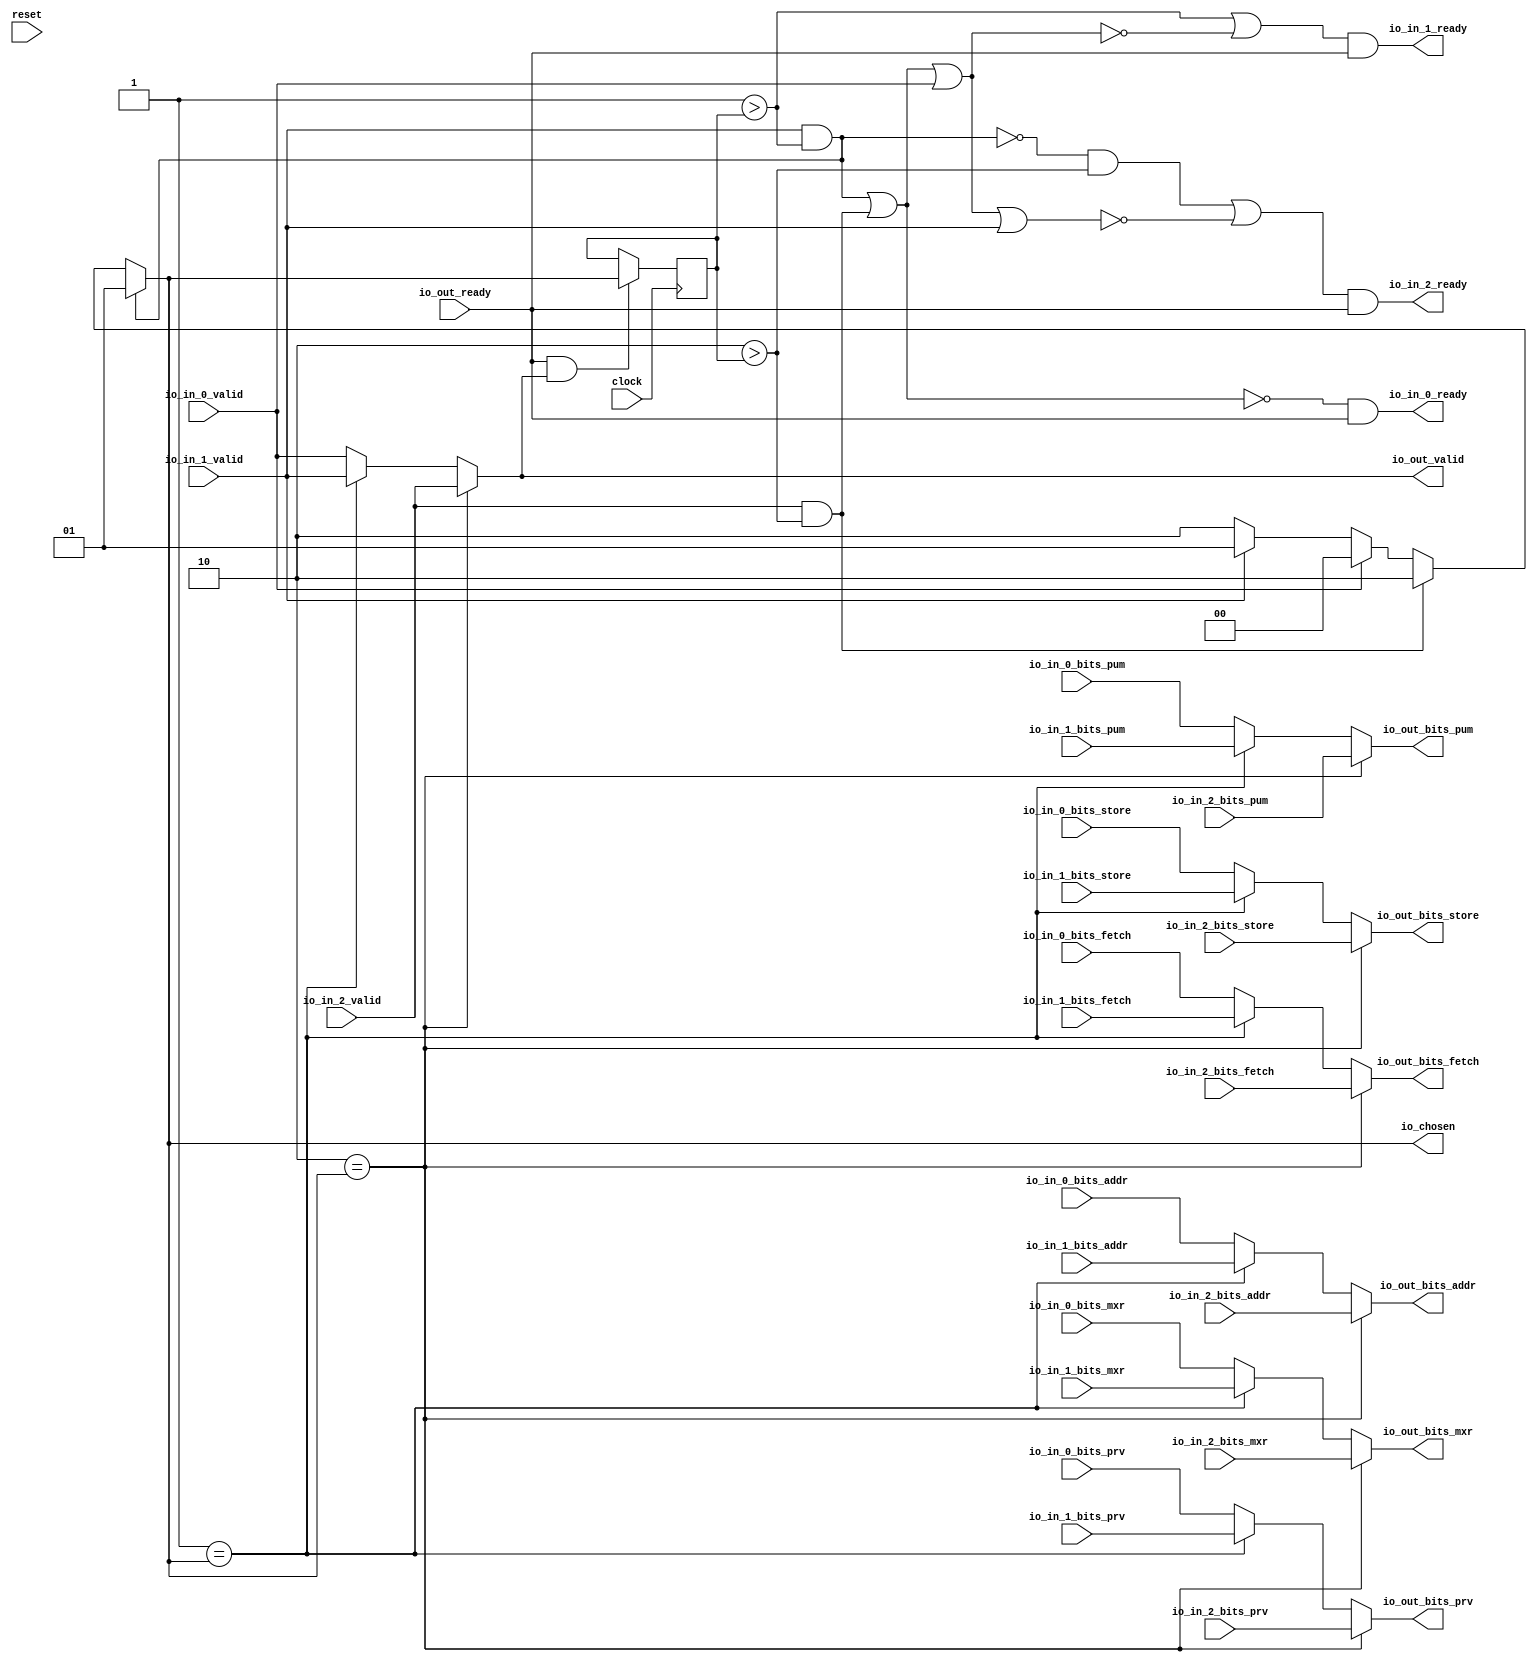
module RRArbiter(
  input   clock,
  input   reset,
  output  io_in_0_ready,
  input   io_in_0_valid,
  input  [1:0] io_in_0_bits_prv,
  input   io_in_0_bits_pum,
  input   io_in_0_bits_mxr,
  input  [26:0] io_in_0_bits_addr,
  input   io_in_0_bits_store,
  input   io_in_0_bits_fetch,
  output  io_in_1_ready,
  input   io_in_1_valid,
  input  [1:0] io_in_1_bits_prv,
  input   io_in_1_bits_pum,
  input   io_in_1_bits_mxr,
  input  [26:0] io_in_1_bits_addr,
  input   io_in_1_bits_store,
  input   io_in_1_bits_fetch,
  output  io_in_2_ready,
  input   io_in_2_valid,
  input  [1:0] io_in_2_bits_prv,
  input   io_in_2_bits_pum,
  input   io_in_2_bits_mxr,
  input  [26:0] io_in_2_bits_addr,
  input   io_in_2_bits_store,
  input   io_in_2_bits_fetch,
  input   io_out_ready,
  output  io_out_valid,
  output [1:0] io_out_bits_prv,
  output  io_out_bits_pum,
  output  io_out_bits_mxr,
  output [26:0] io_out_bits_addr,
  output  io_out_bits_store,
  output  io_out_bits_fetch,
  output [1:0] io_chosen
);
  wire [1:0] choice;
  wire  _GEN_0_ready;
  wire  _GEN_0_valid;
  wire [1:0] _GEN_0_bits_prv;
  wire  _GEN_0_bits_pum;
  wire  _GEN_0_bits_mxr;
  wire [26:0] _GEN_0_bits_addr;
  wire  _GEN_0_bits_store;
  wire  _GEN_0_bits_fetch;
  wire  _GEN_7;
  wire  _GEN_8;
  wire [1:0] _GEN_9;
  wire  _GEN_10;
  wire  _GEN_11;
  wire [26:0] _GEN_12;
  wire  _GEN_13;
  wire  _GEN_14;
  wire  _GEN_15;
  wire  _GEN_16;
  wire [1:0] _GEN_17;
  wire  _GEN_18;
  wire  _GEN_19;
  wire [26:0] _GEN_20;
  wire  _GEN_21;
  wire  _GEN_22;
  wire  _GEN_1_ready;
  wire  _GEN_1_valid;
  wire [1:0] _GEN_1_bits_prv;
  wire  _GEN_1_bits_pum;
  wire  _GEN_1_bits_mxr;
  wire [26:0] _GEN_1_bits_addr;
  wire  _GEN_1_bits_store;
  wire  _GEN_1_bits_fetch;
  wire  _GEN_2_ready;
  wire  _GEN_2_valid;
  wire [1:0] _GEN_2_bits_prv;
  wire  _GEN_2_bits_pum;
  wire  _GEN_2_bits_mxr;
  wire [26:0] _GEN_2_bits_addr;
  wire  _GEN_2_bits_store;
  wire  _GEN_2_bits_fetch;
  wire  _GEN_3_ready;
  wire  _GEN_3_valid;
  wire [1:0] _GEN_3_bits_prv;
  wire  _GEN_3_bits_pum;
  wire  _GEN_3_bits_mxr;
  wire [26:0] _GEN_3_bits_addr;
  wire  _GEN_3_bits_store;
  wire  _GEN_3_bits_fetch;
  wire  _GEN_4_ready;
  wire  _GEN_4_valid;
  wire [1:0] _GEN_4_bits_prv;
  wire  _GEN_4_bits_pum;
  wire  _GEN_4_bits_mxr;
  wire [26:0] _GEN_4_bits_addr;
  wire  _GEN_4_bits_store;
  wire  _GEN_4_bits_fetch;
  wire  _GEN_5_ready;
  wire  _GEN_5_valid;
  wire [1:0] _GEN_5_bits_prv;
  wire  _GEN_5_bits_pum;
  wire  _GEN_5_bits_mxr;
  wire [26:0] _GEN_5_bits_addr;
  wire  _GEN_5_bits_store;
  wire  _GEN_5_bits_fetch;
  wire  _GEN_6_ready;
  wire  _GEN_6_valid;
  wire [1:0] _GEN_6_bits_prv;
  wire  _GEN_6_bits_pum;
  wire  _GEN_6_bits_mxr;
  wire [26:0] _GEN_6_bits_addr;
  wire  _GEN_6_bits_store;
  wire  _GEN_6_bits_fetch;
  wire  _T_228;
  reg [1:0] lastGrant;
  reg [31:0] _GEN_0;
  wire [1:0] _GEN_23;
  wire  grantMask_1;
  wire  grantMask_2;
  wire  validMask_1;
  wire  validMask_2;
  wire  _T_234;
  wire  _T_235;
  wire  _T_236;
  wire  _T_240;
  wire  _T_242;
  wire  _T_244;
  wire  _T_246;
  wire  _T_250;
  wire  _T_251;
  wire  _T_252;
  wire  _T_253;
  wire  _T_254;
  wire  _T_255;
  wire [1:0] _GEN_24;
  wire [1:0] _GEN_25;
  wire [1:0] _GEN_26;
  wire [1:0] _GEN_27;
  assign io_in_0_ready = _T_253;
  assign io_in_1_ready = _T_254;
  assign io_in_2_ready = _T_255;
  assign io_out_valid = _GEN_0_valid;
  assign io_out_bits_prv = _GEN_1_bits_prv;
  assign io_out_bits_pum = _GEN_2_bits_pum;
  assign io_out_bits_mxr = _GEN_3_bits_mxr;
  assign io_out_bits_addr = _GEN_4_bits_addr;
  assign io_out_bits_store = _GEN_5_bits_store;
  assign io_out_bits_fetch = _GEN_6_bits_fetch;
  assign io_chosen = choice;
  assign choice = _GEN_27;
  assign _GEN_0_ready = _GEN_15;
  assign _GEN_0_valid = _GEN_16;
  assign _GEN_0_bits_prv = _GEN_17;
  assign _GEN_0_bits_pum = _GEN_18;
  assign _GEN_0_bits_mxr = _GEN_19;
  assign _GEN_0_bits_addr = _GEN_20;
  assign _GEN_0_bits_store = _GEN_21;
  assign _GEN_0_bits_fetch = _GEN_22;
  assign _GEN_7 = 2'h1 == io_chosen ? io_in_1_ready : io_in_0_ready;
  assign _GEN_8 = 2'h1 == io_chosen ? io_in_1_valid : io_in_0_valid;
  assign _GEN_9 = 2'h1 == io_chosen ? io_in_1_bits_prv : io_in_0_bits_prv;
  assign _GEN_10 = 2'h1 == io_chosen ? io_in_1_bits_pum : io_in_0_bits_pum;
  assign _GEN_11 = 2'h1 == io_chosen ? io_in_1_bits_mxr : io_in_0_bits_mxr;
  assign _GEN_12 = 2'h1 == io_chosen ? io_in_1_bits_addr : io_in_0_bits_addr;
  assign _GEN_13 = 2'h1 == io_chosen ? io_in_1_bits_store : io_in_0_bits_store;
  assign _GEN_14 = 2'h1 == io_chosen ? io_in_1_bits_fetch : io_in_0_bits_fetch;
  assign _GEN_15 = 2'h2 == io_chosen ? io_in_2_ready : _GEN_7;
  assign _GEN_16 = 2'h2 == io_chosen ? io_in_2_valid : _GEN_8;
  assign _GEN_17 = 2'h2 == io_chosen ? io_in_2_bits_prv : _GEN_9;
  assign _GEN_18 = 2'h2 == io_chosen ? io_in_2_bits_pum : _GEN_10;
  assign _GEN_19 = 2'h2 == io_chosen ? io_in_2_bits_mxr : _GEN_11;
  assign _GEN_20 = 2'h2 == io_chosen ? io_in_2_bits_addr : _GEN_12;
  assign _GEN_21 = 2'h2 == io_chosen ? io_in_2_bits_store : _GEN_13;
  assign _GEN_22 = 2'h2 == io_chosen ? io_in_2_bits_fetch : _GEN_14;
  assign _GEN_1_ready = _GEN_15;
  assign _GEN_1_valid = _GEN_16;
  assign _GEN_1_bits_prv = _GEN_17;
  assign _GEN_1_bits_pum = _GEN_18;
  assign _GEN_1_bits_mxr = _GEN_19;
  assign _GEN_1_bits_addr = _GEN_20;
  assign _GEN_1_bits_store = _GEN_21;
  assign _GEN_1_bits_fetch = _GEN_22;
  assign _GEN_2_ready = _GEN_15;
  assign _GEN_2_valid = _GEN_16;
  assign _GEN_2_bits_prv = _GEN_17;
  assign _GEN_2_bits_pum = _GEN_18;
  assign _GEN_2_bits_mxr = _GEN_19;
  assign _GEN_2_bits_addr = _GEN_20;
  assign _GEN_2_bits_store = _GEN_21;
  assign _GEN_2_bits_fetch = _GEN_22;
  assign _GEN_3_ready = _GEN_15;
  assign _GEN_3_valid = _GEN_16;
  assign _GEN_3_bits_prv = _GEN_17;
  assign _GEN_3_bits_pum = _GEN_18;
  assign _GEN_3_bits_mxr = _GEN_19;
  assign _GEN_3_bits_addr = _GEN_20;
  assign _GEN_3_bits_store = _GEN_21;
  assign _GEN_3_bits_fetch = _GEN_22;
  assign _GEN_4_ready = _GEN_15;
  assign _GEN_4_valid = _GEN_16;
  assign _GEN_4_bits_prv = _GEN_17;
  assign _GEN_4_bits_pum = _GEN_18;
  assign _GEN_4_bits_mxr = _GEN_19;
  assign _GEN_4_bits_addr = _GEN_20;
  assign _GEN_4_bits_store = _GEN_21;
  assign _GEN_4_bits_fetch = _GEN_22;
  assign _GEN_5_ready = _GEN_15;
  assign _GEN_5_valid = _GEN_16;
  assign _GEN_5_bits_prv = _GEN_17;
  assign _GEN_5_bits_pum = _GEN_18;
  assign _GEN_5_bits_mxr = _GEN_19;
  assign _GEN_5_bits_addr = _GEN_20;
  assign _GEN_5_bits_store = _GEN_21;
  assign _GEN_5_bits_fetch = _GEN_22;
  assign _GEN_6_ready = _GEN_15;
  assign _GEN_6_valid = _GEN_16;
  assign _GEN_6_bits_prv = _GEN_17;
  assign _GEN_6_bits_pum = _GEN_18;
  assign _GEN_6_bits_mxr = _GEN_19;
  assign _GEN_6_bits_addr = _GEN_20;
  assign _GEN_6_bits_store = _GEN_21;
  assign _GEN_6_bits_fetch = _GEN_22;
  assign _T_228 = io_out_ready & io_out_valid;
  assign _GEN_23 = _T_228 ? io_chosen : lastGrant;
  assign grantMask_1 = 2'h1 > lastGrant;
  assign grantMask_2 = 2'h2 > lastGrant;
  assign validMask_1 = io_in_1_valid & grantMask_1;
  assign validMask_2 = io_in_2_valid & grantMask_2;
  assign _T_234 = validMask_1 | validMask_2;
  assign _T_235 = _T_234 | io_in_0_valid;
  assign _T_236 = _T_235 | io_in_1_valid;
  assign _T_240 = validMask_1 == 1'h0;
  assign _T_242 = _T_234 == 1'h0;
  assign _T_244 = _T_235 == 1'h0;
  assign _T_246 = _T_236 == 1'h0;
  assign _T_250 = grantMask_1 | _T_244;
  assign _T_251 = _T_240 & grantMask_2;
  assign _T_252 = _T_251 | _T_246;
  assign _T_253 = _T_242 & io_out_ready;
  assign _T_254 = _T_250 & io_out_ready;
  assign _T_255 = _T_252 & io_out_ready;
  assign _GEN_24 = io_in_1_valid ? 2'h1 : 2'h2;
  assign _GEN_25 = io_in_0_valid ? 2'h0 : _GEN_24;
  assign _GEN_26 = validMask_2 ? 2'h2 : _GEN_25;
  assign _GEN_27 = validMask_1 ? 2'h1 : _GEN_26;
`ifdef RANDOMIZE
  integer initvar;
  initial begin
    `ifndef verilator
      #0.002 begin end
    `endif
  `ifdef RANDOMIZE_REG_INIT
  _GEN_0 = {1{$random}};
  lastGrant = _GEN_0[1:0];
  `endif
  end
`endif
  always @(posedge clock) begin
    if (_T_228) begin
      lastGrant <= io_chosen;
    end
  end
endmodule